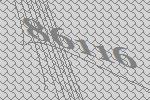
86116